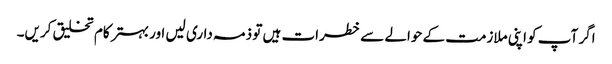
اگر آپ کو اپنی ملازمت کے حوالے سے خطرات ہیں تو ذمہ داری لیں اور بہتر کام تخلیق کریں۔